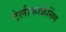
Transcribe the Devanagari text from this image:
टेलीकांफ्रेंसिंग